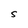
Character: S